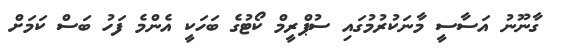
ގާނޫނު އަސާސީ މާނަކުރުމުގައި ސުޕްރީމް ކޯޓުގެ ބަހަކީ އެންމެ ފަހު ބަސް ކަމަށް